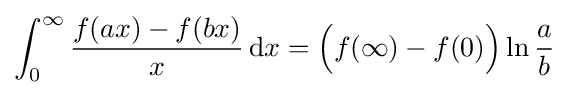
\int _{0}^{\infty }{\frac {f(ax)-f(bx)}{x}}\,{\rm {d}}x={\Big (}f(\infty )-f(0){\Big )}\ln {\frac {a}{b}}